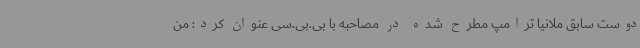
دوست سابق ملانیا ترامپ مطرح شده در مصاحبه با بی.بی.سی عنوان کرد: من